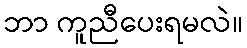
ဘာ ကူညီပေးရမလဲ။